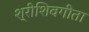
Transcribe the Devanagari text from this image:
श्रीशिवगीता